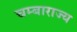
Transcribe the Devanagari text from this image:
चम्बाराज्य